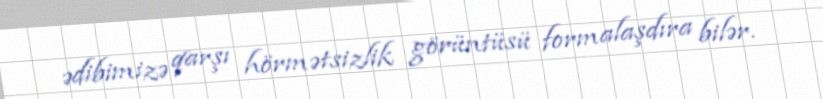
ədibimizə qarşı hörmətsizlik görüntüsü formalaşdıra bilər.